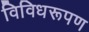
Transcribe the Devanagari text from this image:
विविधरूपण